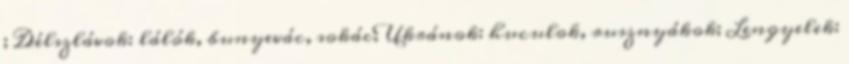
; Délszlávok: lálók, bunyevác, sokác; Ukránok: huculok, rusznyákok; Lengyelek: